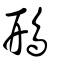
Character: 鳽